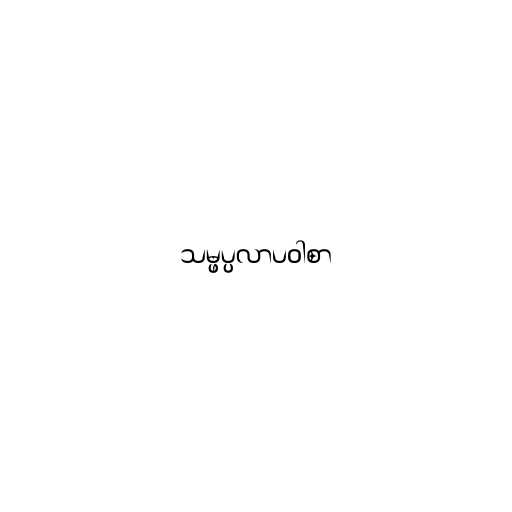
သမ္ဖပ္ပလာပဝါစာ